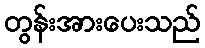
တွန်းအားပေးသည်